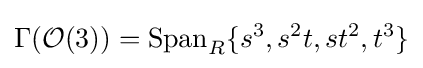
\Gamma ({\mathcal {O}}(3))={\text{Span}}_{R}\{s^{3},s^{2}t,st^{2},t^{3}\}